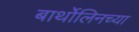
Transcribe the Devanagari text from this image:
बार्थोलिनच्या